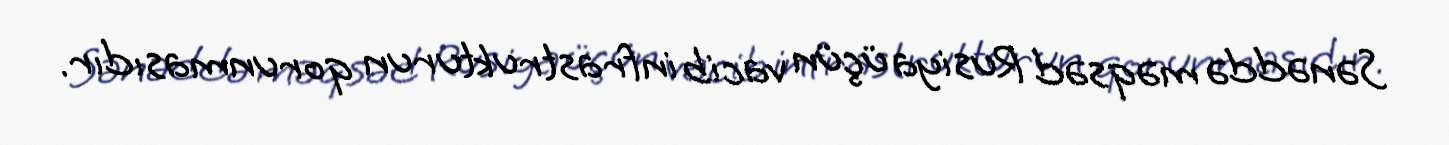
Sənəddə məqsəd Rusiya üçün vacib infrastrukturun qorunmasıdır.